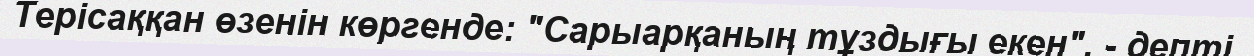
Терісаққан өзенін көргенде: "Сарыарқаның тұздығы екен", - депті.